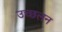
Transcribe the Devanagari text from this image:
उच्छलन